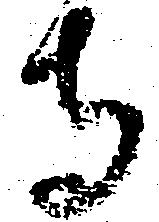
寺